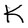
Character: K